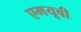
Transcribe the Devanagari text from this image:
एमयूवी